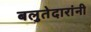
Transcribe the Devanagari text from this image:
बलुतेदारांनी